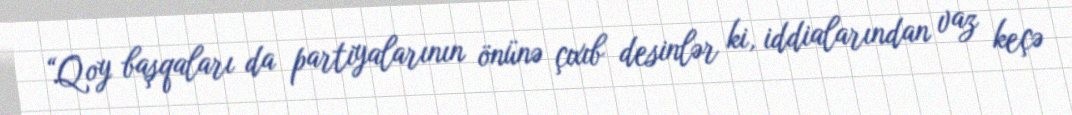
“Qoy başqaları da partiyalarının önünə çıxıb desinlər ki, iddialarından vaz keçə